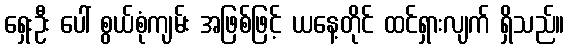
ရှေးဦး ပေါ် စွယ်စုံကျမ်း အဖြစ်ဖြင့် ယနေ့တိုင် ထင်ရှားလျက် ရှိသည်။